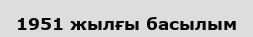
1951 жылғы басылым